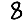
Digit: 8